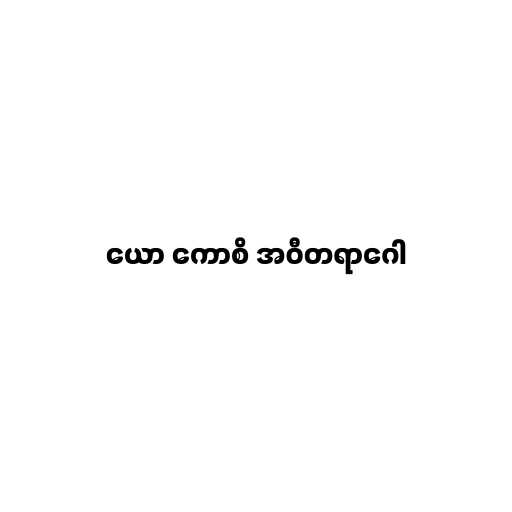
ယော ကောစိ အဝီတရာဂေါ